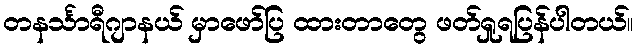
တနင်္သာရီဂျာနယ် မှာဖော်ပြ ထားတာတွေ ဖတ်ရှုရပြန်ပါတယ်။